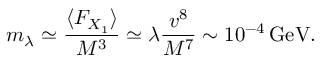
m _ { \lambda } \simeq { \frac { \langle F _ { X _ { 1 } } \rangle } { M ^ { 3 } } } \simeq \lambda { \frac { v ^ { 8 } } { M ^ { 7 } } } \sim 1 0 ^ { - 4 } \, \mathrm { G e V } .